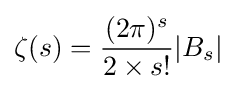
\zeta (s)={(2\pi )^{s} \over 2\times s!}|B_{s}|